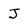
Character: J